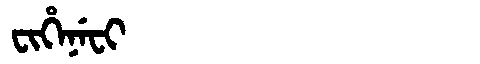
Manchu: ᠸᡳᡥᡝᠨᡝᠸᡳ
Romanization: FIHENEFI